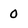
Character: 0